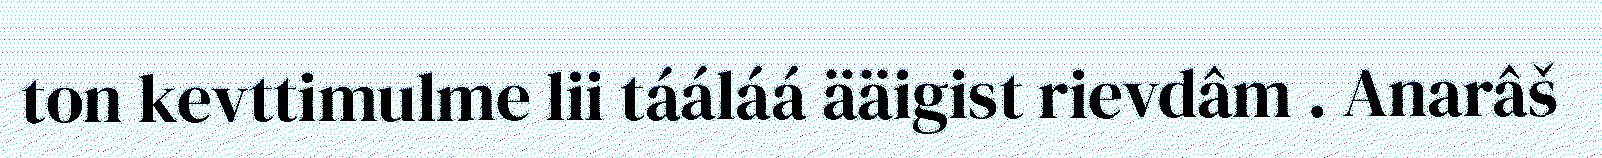
ton kevttimulme lii tááláá ääigist rievdâm . Anarâš